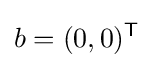
b=(0,0)^{\mathsf {T}}